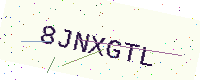
Text: 8JNXGTL